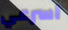
اسرعي